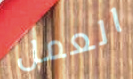
العمل